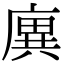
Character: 廙